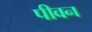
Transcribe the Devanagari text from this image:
पीवन